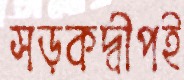
সড়কদ্বীপই